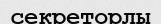
секреторлы